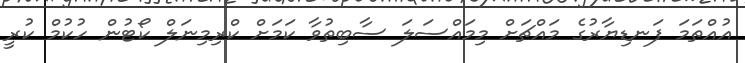
އުއްތަމަ ފަނޑިޔާރުގެ މައްޗަށް މިމައްސަލަ ސާބިތުވާ ކަމަށް ކްރިމިނަލް ކޯޓުން ހުކުމް ކުރީ